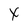
Character: x